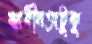
স্বাধীনতাটুকু